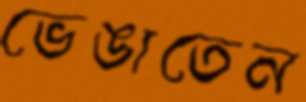
ভেঙাতেন